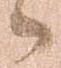
候